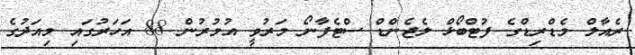
ރެއާލް މެޑްރިޑްގެ ފުޓްބޯޅް ލެޖެންޑް ސްޓެފާނޯ މަރުވީ އުމުރުން 88 އަހަރުގައި މިއަދުގެ